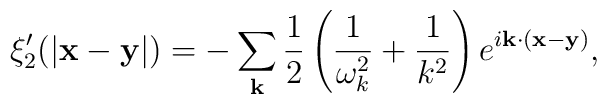
\xi_2^\prime(|{\bf x-y}|) = -\sum_{\bf k}\frac{1}{2}\left(\frac{1}{\omega_k^2} +\frac{1}{k^2}\right)e^{i{\bf k\cdot(x-y)}},